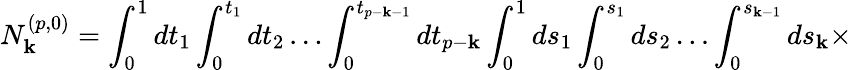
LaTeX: N_{\mathbf{k}}^{(p,0)}=\int_{0}^{1}dt_{1}\int_{0}^{t_{1}}dt_{2}\ldots\int_{0}^{t_{p-\mathbf{k}-1}}dt_{p-\mathbf{k}}\int_{0}^{1}ds_{1}\int_{0}^{s_{1}}ds_{2}\ldots\int_{0}^{s_{\mathbf{k}-1}}ds_{\mathbf{k}}\times